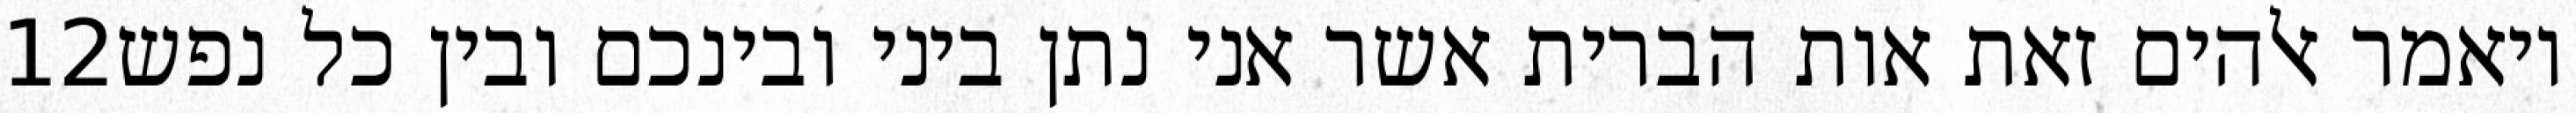
‎12‏ ויאמר אלהים זאת אות הברית אשר אני נתן ביני ובינכם ובין כל נפש